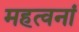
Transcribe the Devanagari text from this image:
महत्वनां